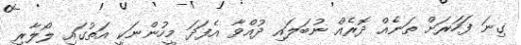
ގިނަ ފަހަރަށް ތަނެއް ދޮރެއް ނުބަލައި ދުއްވާ އެފަދަ މީހުންނަކީ އަތުގައި ލޯލާރި